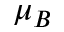
\mu { _ { B } }